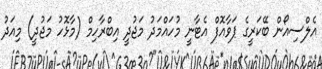
އެލްސިއޯން ބޭކަރީގެ ޕަވާއޮފް އެޓާނީ މުހައްމަދު މަޖުދީ އިބްރާހިމް (މާޅޮހު މަޖުދީ) މިއަދު